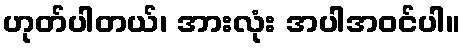
ဟုတ်ပါတယ်၊ အားလုံး အပါအဝင်ပါ။